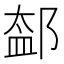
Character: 𨜨